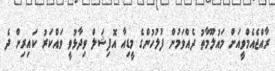
ރާއްޖެއެމްވީއަށް މައުލޫމާތު ދެއްވަމުން ފުލުހުންގެ މީޑިއާ އޮފިޝަލް ވިދާޅުވީ ވައްކަރު ކައިރިން ދެ